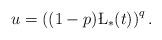
LaTeX: \begin{align*}u=\left((1-p)\L_\ast(t)\right)^q.\end{align*}